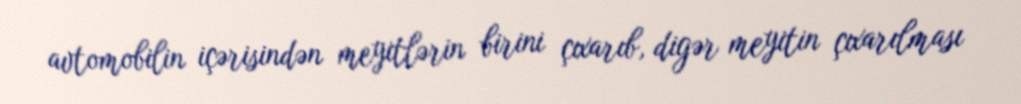
avtomobilin içərisindən meyitlərin birini çıxarıb, digər meyitin çıxarılması